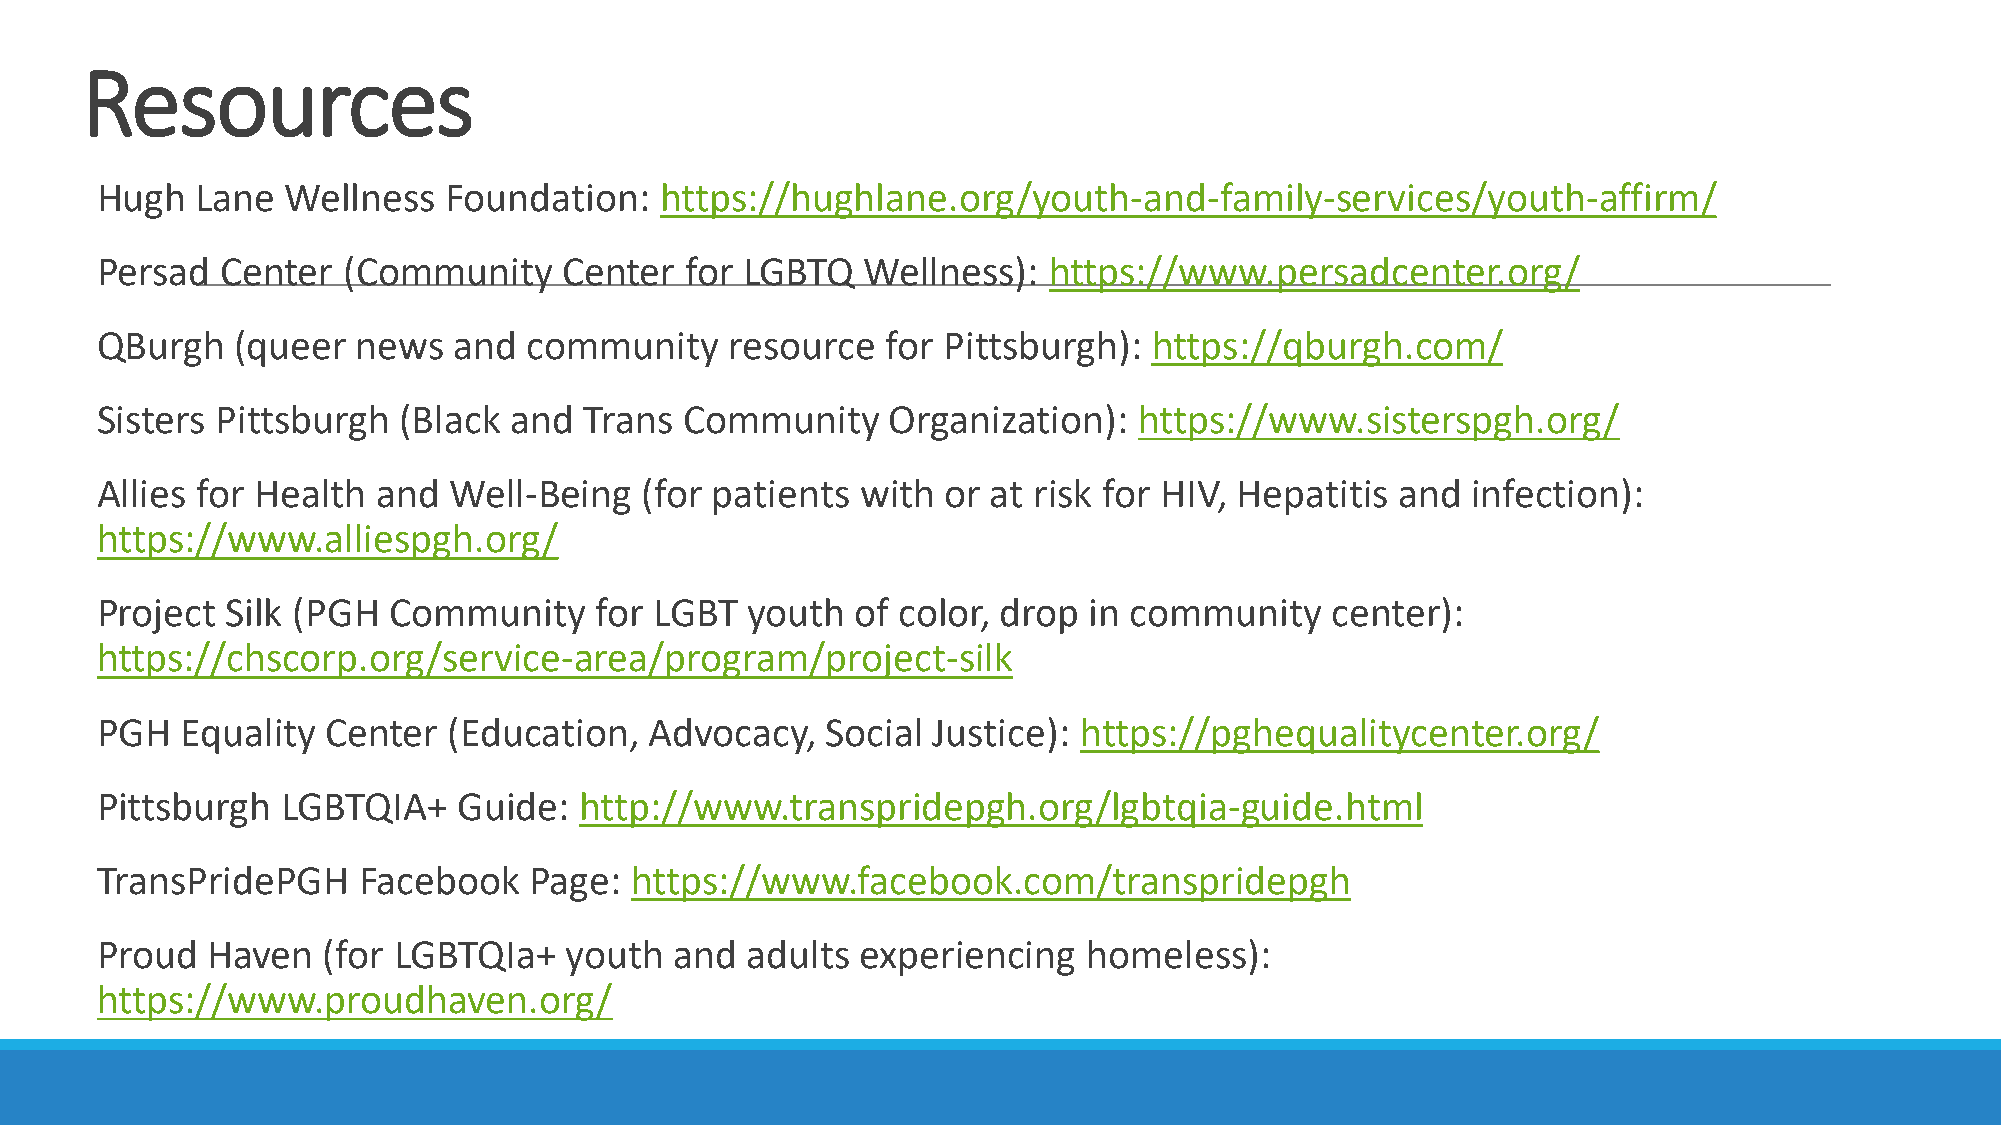
Resources
 Hugh   Lane  Wellness  Foundation:    https://hughlane.org/youth-and-family-services/youth-affirm/
 Persad   Center  (Community    Center  for LGBTQ   Wellness):  https://www.persadcenter.org/
 QBurgh    (queer  news  and  community    resource   for Pittsburgh): https://qburgh.com/
 Sisters Pittsburgh  (Black  and  Trans Community     Organization):  https://www.sisterspgh.org/
 Allies for Health  and  Well-Being  (for patients  with  or at risk for HIV, Hepatitis and infection):
 https://www.alliespgh.org/
 Project  Silk (PGH  Community    for LGBT  youth   of color, drop in community    center):
 https://chscorp.org/service-area/program/project-silk
 PGH   Equality  Center  (Education,  Advocacy,   Social Justice): https://pghequalitycenter.org/
 Pittsburgh   LGBTQIA+   Guide:  http://www.transpridepgh.org/lgbtqia-guide.html
 TransPridePGH     Facebook   Page:  https://www.facebook.com/transpridepgh
 Proud   Haven  (for LGBTQIa+   youth   and adults  experiencing   homeless):
 https://www.proudhaven.org/